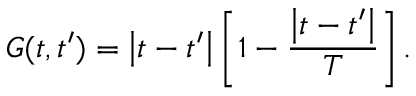
G ( t , t ^ { \prime } ) = \left| { t - t ^ { \prime } } \right| \left[ { 1 - \frac { { \left| { t - t ^ { \prime } } \right| } } { T } } \right] .